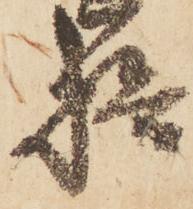
檢